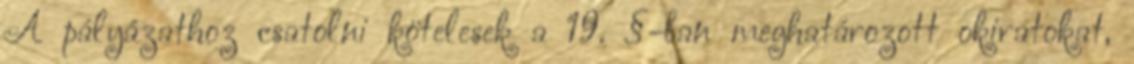
A pályázathoz csatolni kötelesek a 19. §-ban meghatározott okiratokat,